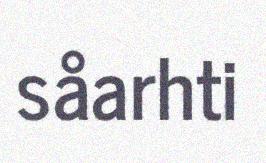
såarhti